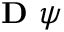
\mathrm { ~ \bf ~ D ~ } \psi